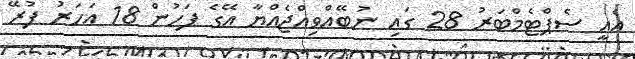
އެއީ ސެޕްޓެމްބަރު 28 ގައި ނުބޭއްވިއްޖެއްޔާ އޭގެ ފަހުން 18 އަހަރު ފުރޭ